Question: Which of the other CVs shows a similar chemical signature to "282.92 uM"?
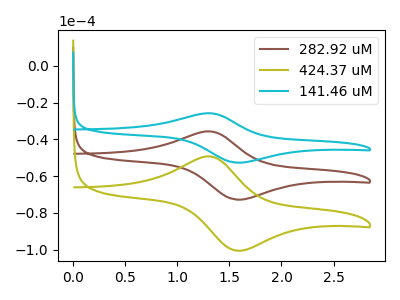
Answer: <think>The brown curve "282.92 uM" has an anodic peak at (1.30V, -35.65uA) and a cathodic peak at (1.60V, -72.75uA). The olive curve "424.37 uM" has an anodic peak at (1.30V, -71.35uA) and a cathodic peak at (1.60V, -145.55uA). The cyan curve "141.46 uM" has an anodic peak at (1.30V, -25.80uA) and a cathodic peak at (1.60V, -52.70uA).
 All the peaks in "282.92 uM" have a peak in "424.37 uM" at the same potential. All the peaks in "282.92 uM" have a peak in "141.46 uM" at the same potential. All the peaks in "424.37 uM" have a peak in "141.46 uM" at the same potential.</think>
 <answer>"282.92 uM" and "424.37 uM" have a similar shape to "141.46 uM".</answer>
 <eval>"282.92 uM" "424.37 uM"</eval>